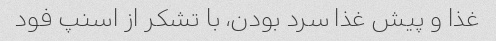
غذا و پیش غذا سرد بودن، با تشکر از اسنپ فود